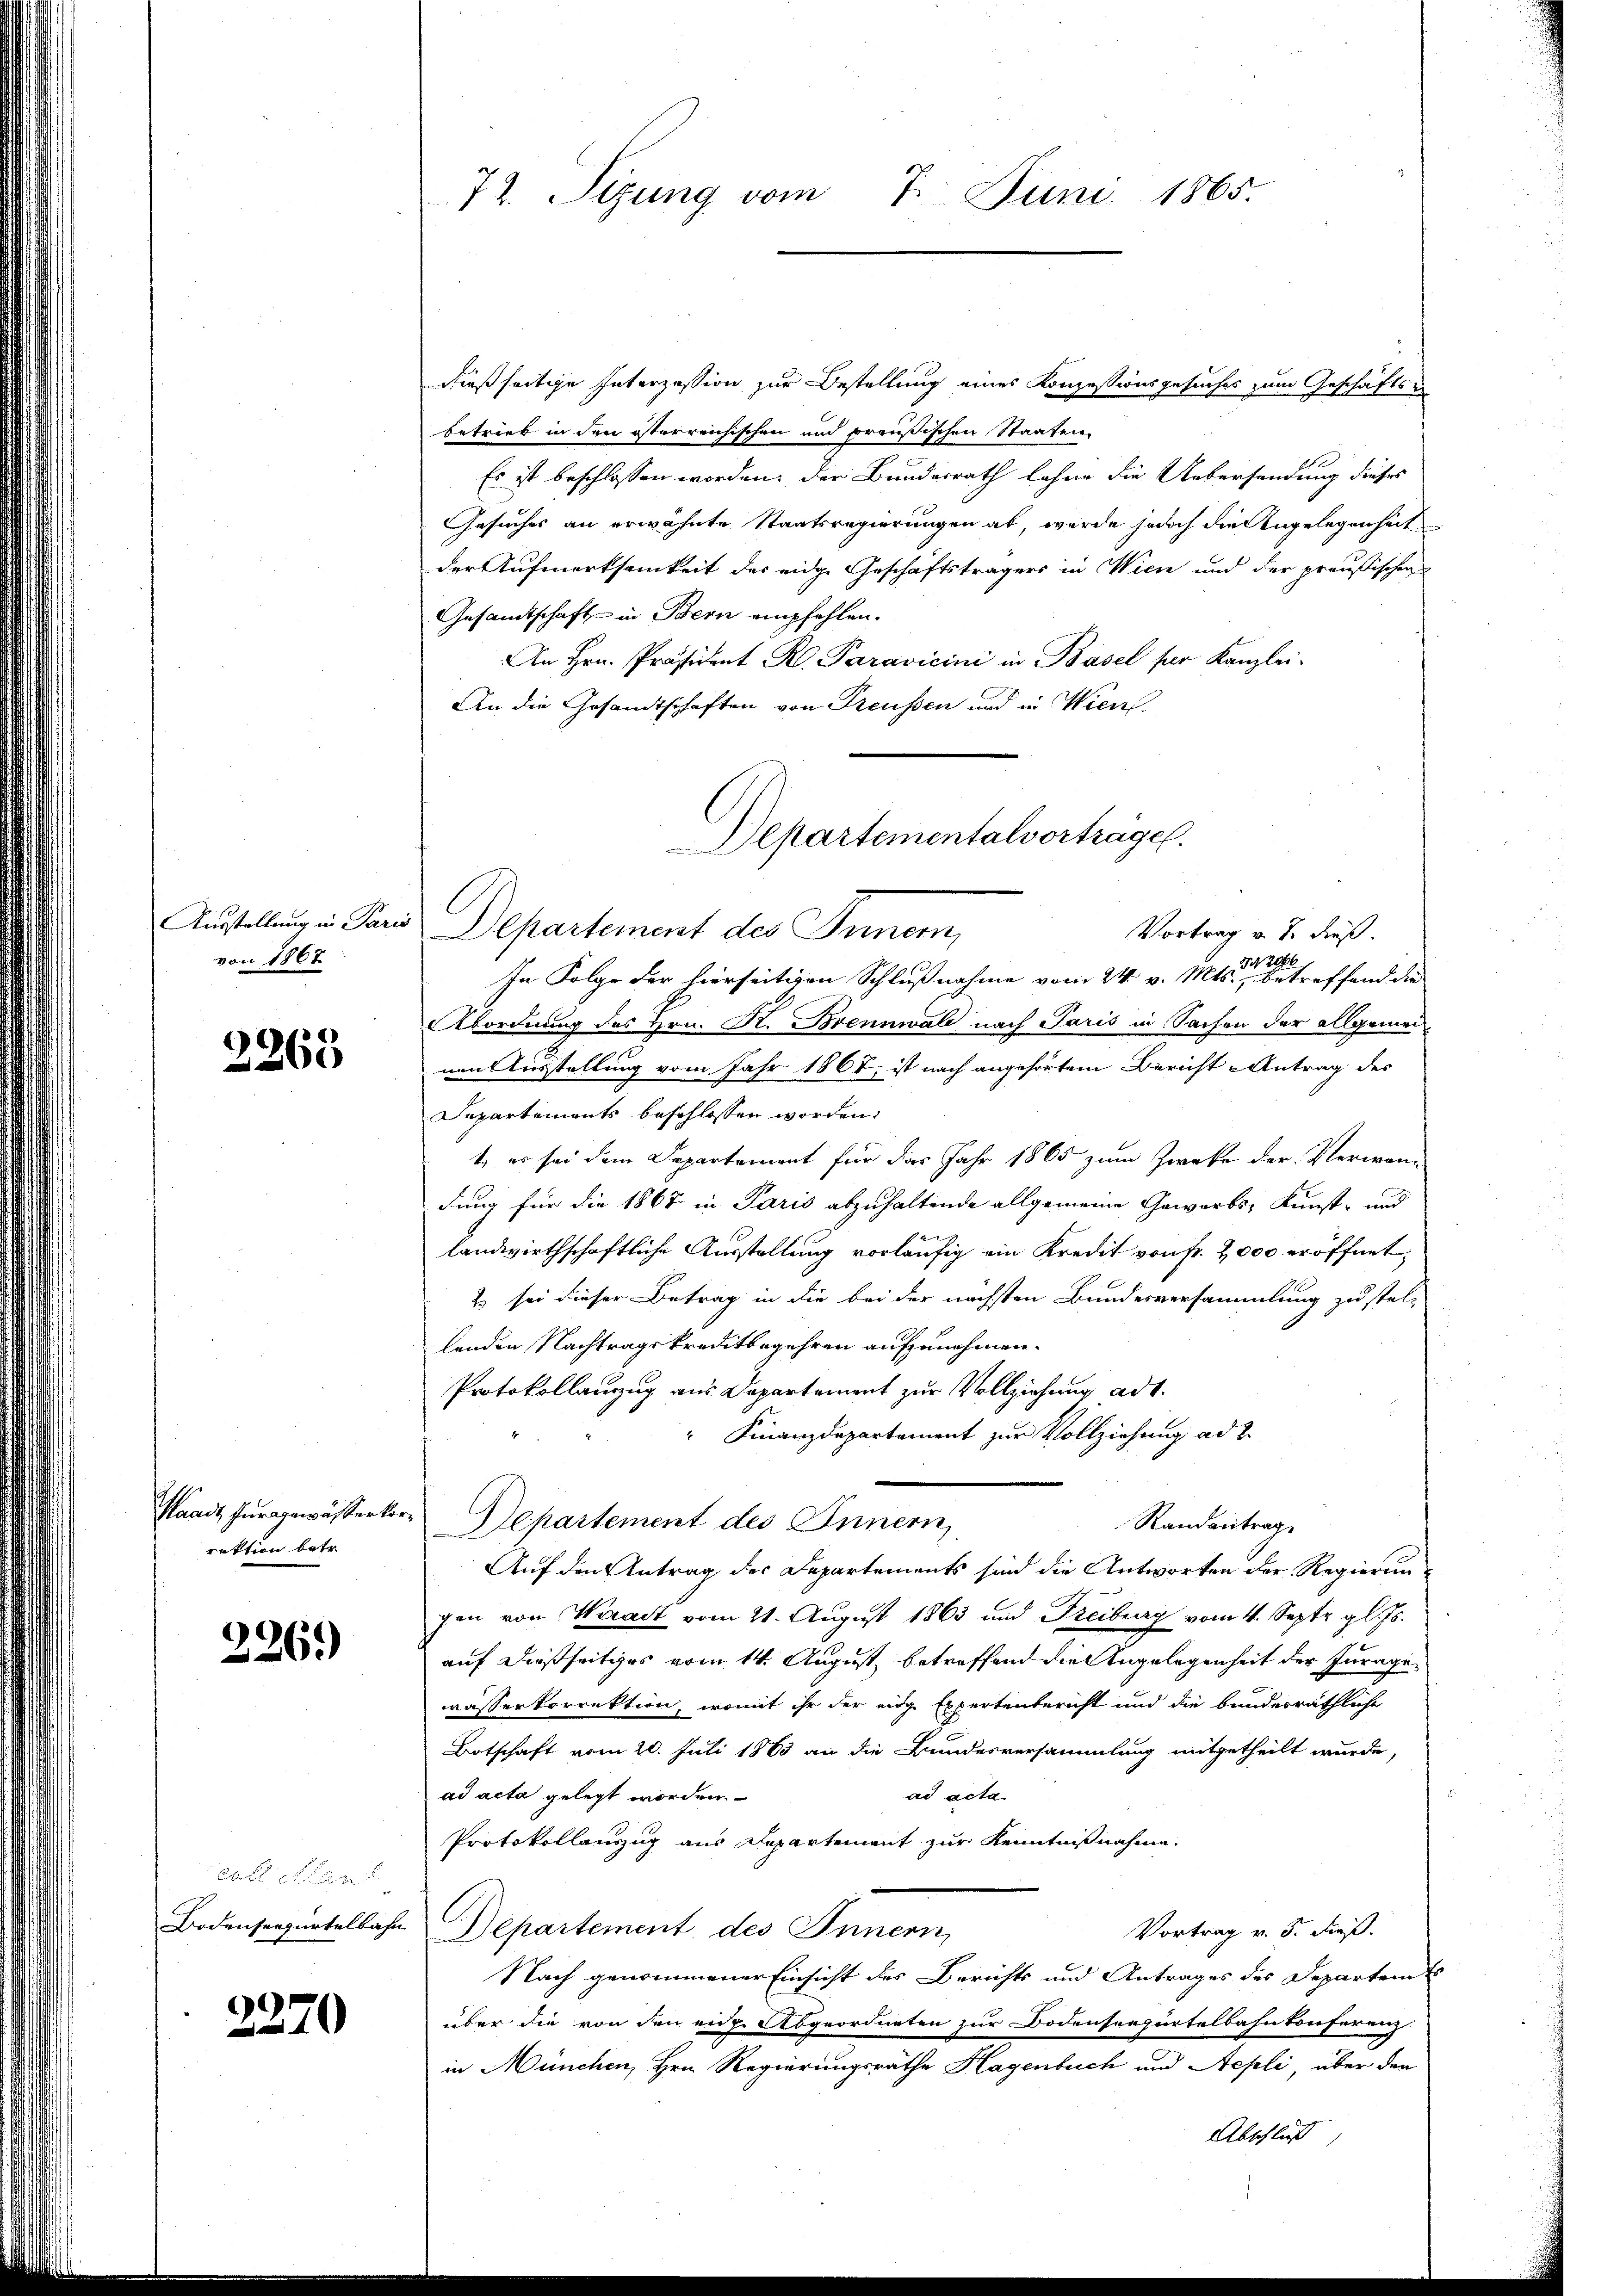
Ausstellung in Pari
von 1867

3265

Waadt fur gewässerker
rektion betr.

226.

2270

dießseitige Interzession zur Bestellung eines Konzessionsgesuches zum Geschäfts un
betrieb in den österreichischen und preußischen Staaten
Es ist beschlossen worden, der Bundesrath lehne die Uebersendung dieses
Gesuches an erwähnte Staatsregierungen ab, werde jedoch die Angelegenheit
der Aufmerksamkeit der eidge Geschäftsträgers in Wien und der preußischen
Gesandtschaft in Bern empfehlen.
An Hrn. Präsident R. Paravicini in Basel für Kanzlei-
An die Gesandtschaften von Preussen und in Wien.
Departementalvorträge.

72. Seizung vom 7. Juni 1865.

Departement des Innern,
Vortrag v. J. dieß.

In Folge der hierseitigen Schlußnahme vom 24. v. Mts. betreffend die
Abordnung des Hrn. K. Brennwald nach Paris in Sachen der allgemei
nen Ausstellung vom Jahr 1867, ist nach angehörtem Bericht Antrag des
Departements beschlossen worden.
t, es sei dem Departement für das Jahr 1865 zum Zweke der Verwandung für die 1867 in Paris abzuhaltende allgemeine Gewerbs- Kunst- und
landwirthschaftliche Ausstellung vorläufig ein Kredit von fr. 2000 eröffnet,
2 sei dieser Betrag in die bei der nächsten Bundesversammlung zu stel-
lenden Nachtragskreditbegehren aufzunehmen.
Protokollanzug aus Departement zur Vollziehung ad 1.
Finanzdepartement zur Vollziehung ad 2.
Departement des Innern,
Randantrag
Auf den Antrag des Departements sind die Antworten der Regierungen von Waadt vom 21. August 1863 und Freiburg vom 4. Septr. gl. Js.
auf dießseitiges vom 14. August, betreffend die Angelegenheit der Jurage
wässerkorrektion, womit ihr der eine Expertenbericht und die bundesräthliche
Botschaft vom 20. Juli 1863 an die Bundesversammlung mitgetheilt wurde,
ad acta
ad acta gelegt worden.
Protokollauszug aus Departement zur Kenntnißnahme.
Bodenseepertelbahn Departement des Innern,
Vortrag v. 5. dieß.
Nach genommener Einsicht des Berichts und Antrages des Departem
über die von den eine Abgeordneten zur Bodenseezurtelbahnkonferenz
in München, Hrn. Regierungsräthe Hagenbuch und Aepli über den
Abschluß